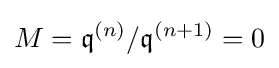
M={\mathfrak {q}}^{(n)}/{\mathfrak {q}}^{(n+1)}=0